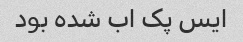
ایس پک اب شده بود